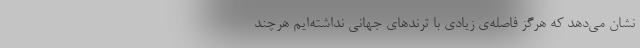
نشان می‌دهد که هرگز فاصله‌ی زیادی با ترندهای جهانی نداشته‌ایم هرچند